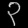
Digit: ၃